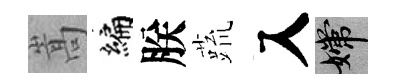
嵩编朕蔬入嫦